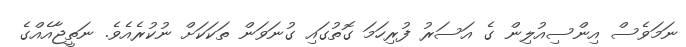
ނަމަވެސް އިންސިއުލިން ގެ އަސަރު ފުރިހަމަ ގޮތުގައި ގުނަވަން ތަކަކަށް ނުކުރެއެވެ. ނަތީޖާއެއްގެ